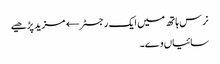
نرس ہاتھ میں ایک رجسٹر← مزید پڑھیے
سائیاں وے۔